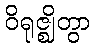
ဝိရုဇ္ဈိတွာ